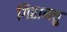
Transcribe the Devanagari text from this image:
गिरामत्तु